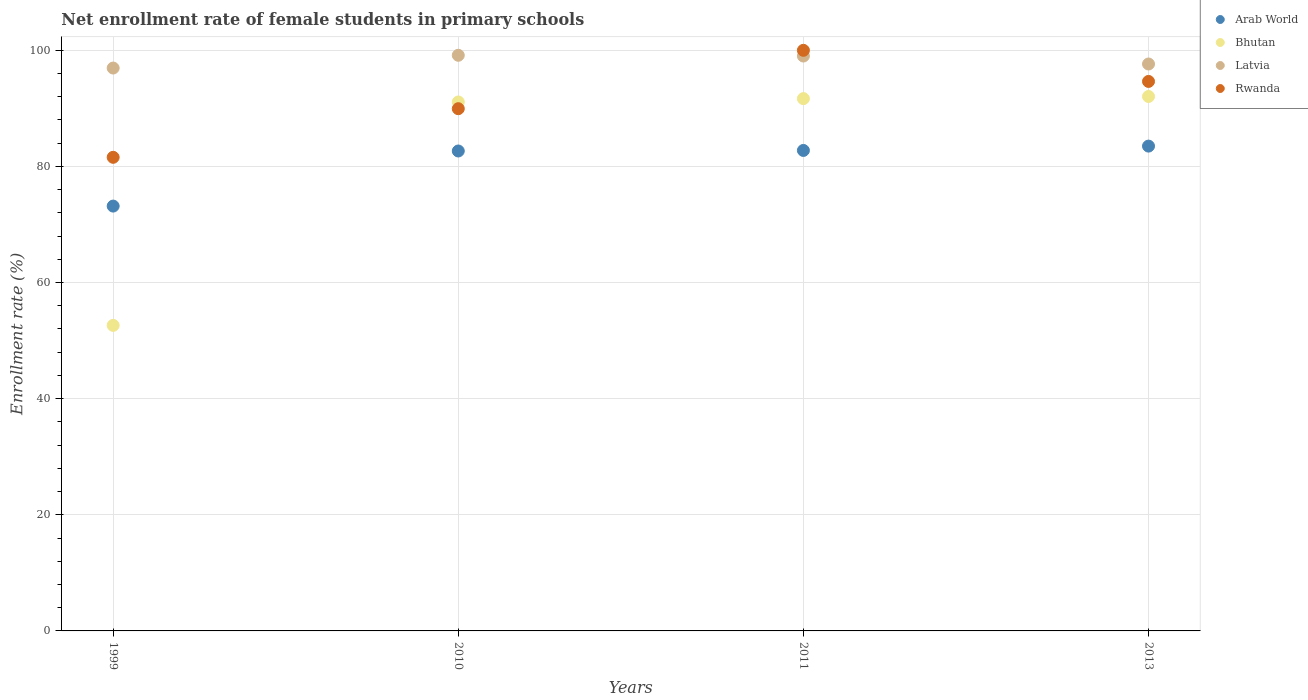
| Years | Arab World | Bhutan | Latvia | Rwanda |
 | --- | --- | --- | --- | --- |
 | 1999 | 73.2 | 52.6 | 96.9 | 81.6 |
 | 2010 | 82.6 | 91.1 | 99.1 | 89.9 |
 | 2011 | 82.7 | 91.7 | 99 | 100 |
 | 2013 | 83.5 | 92 | 97.6 | 94.6 |